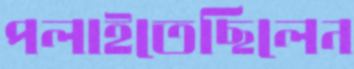
পলাইতেছিলেন